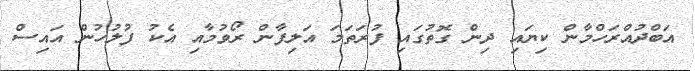
އަބްދުއްރަހްމާން ކިޔައި ދިން ގޮތުގައި ފުރަތަމަ އަލިފާން ރޯވުމާއި އެކު ފުލުހުން އައިސް